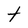
Character: t